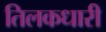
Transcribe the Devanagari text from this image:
तिलकधारी